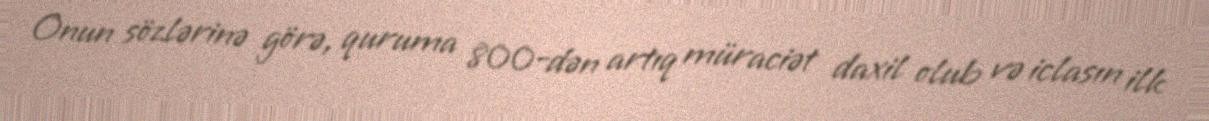
Onun sözlərinə görə, quruma 800-dən artıq müraciət daxil olub və iclasın ilk